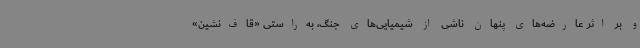
و بر اثر عارضه‌های پنهان ناشی از شیمیایی‌های جنگ، به‌راستی «قاف‌نشین»